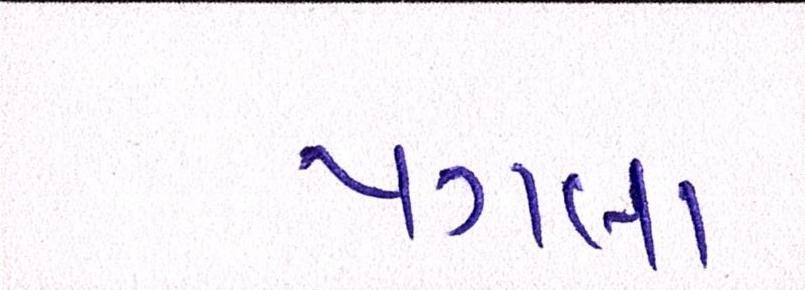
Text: પગલા